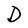
Character: D